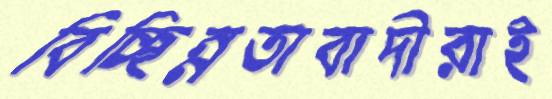
বিচ্ছিন্নতাবাদীরাই